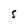
Character: S